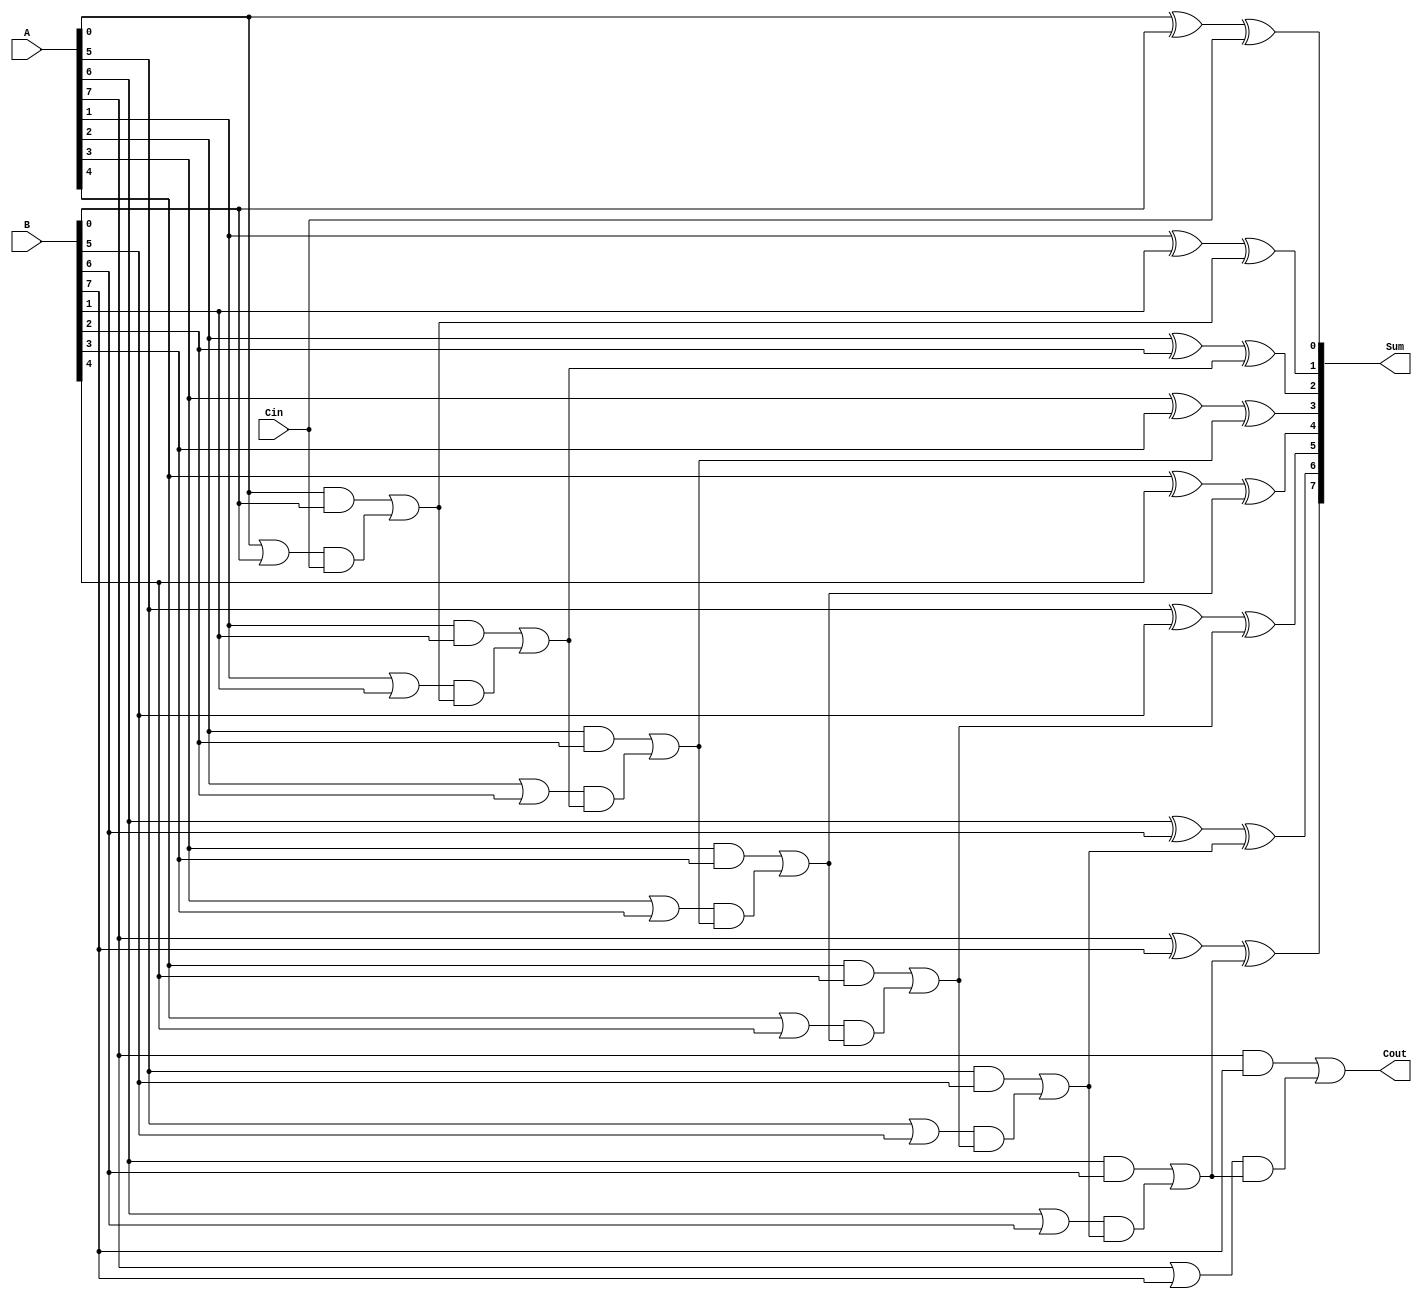
module ManchesterCarryChainAdder #(parameter n = 8) (
    input  wire [n-1:0] A,     // n-bit input A
    input  wire [n-1:0] B,     // n-bit input B
    input  wire Cin,           // Carry-in
    output wire [n-1:0] Sum,   // n-bit Sum output
    output wire Cout           // Carry-out
);

    wire [n:0] C;              // Carry signals
    wire [n-1:0] G;            // Generate signals
    wire [n-1:0] P;            // Propagate signals

    // Generate and Propagate logic
    genvar i;
    generate
        for (i = 0; i < n; i = i + 1) begin : carry_logic
            assign G[i] = A[i] & B[i]; // Generate
            assign P[i] = A[i] | B[i]; // Propagate
        end
    endgenerate

    // Carry chain computation
    assign C[0] = Cin; // Initial carry-in
    generate
        for (i = 0; i < n; i = i + 1) begin : carry_chain
            assign C[i + 1] = G[i] | (P[i] & C[i]); // Carry-out for each bit
        end
    endgenerate

    // Sum calculation
    generate
        for (i = 0; i < n; i = i + 1) begin : sum_logic
            assign Sum[i] = A[i] ^ B[i] ^ C[i]; // Sum calculation
        end
    endgenerate

    // Final carry-out
    assign Cout = C[n]; // Carry-out from the most significant bit

endmodule